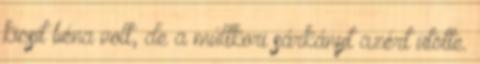
kicsit béna volt, de a múltkori sárkányt azért ütötte.